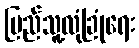
ပြည်သူ့လုံခြုံရေး